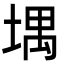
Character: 堣